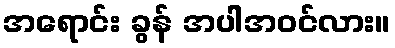
အရောင်း ခွန် အပါအဝင်လား။